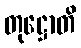
တုဋ္ဌောတိ